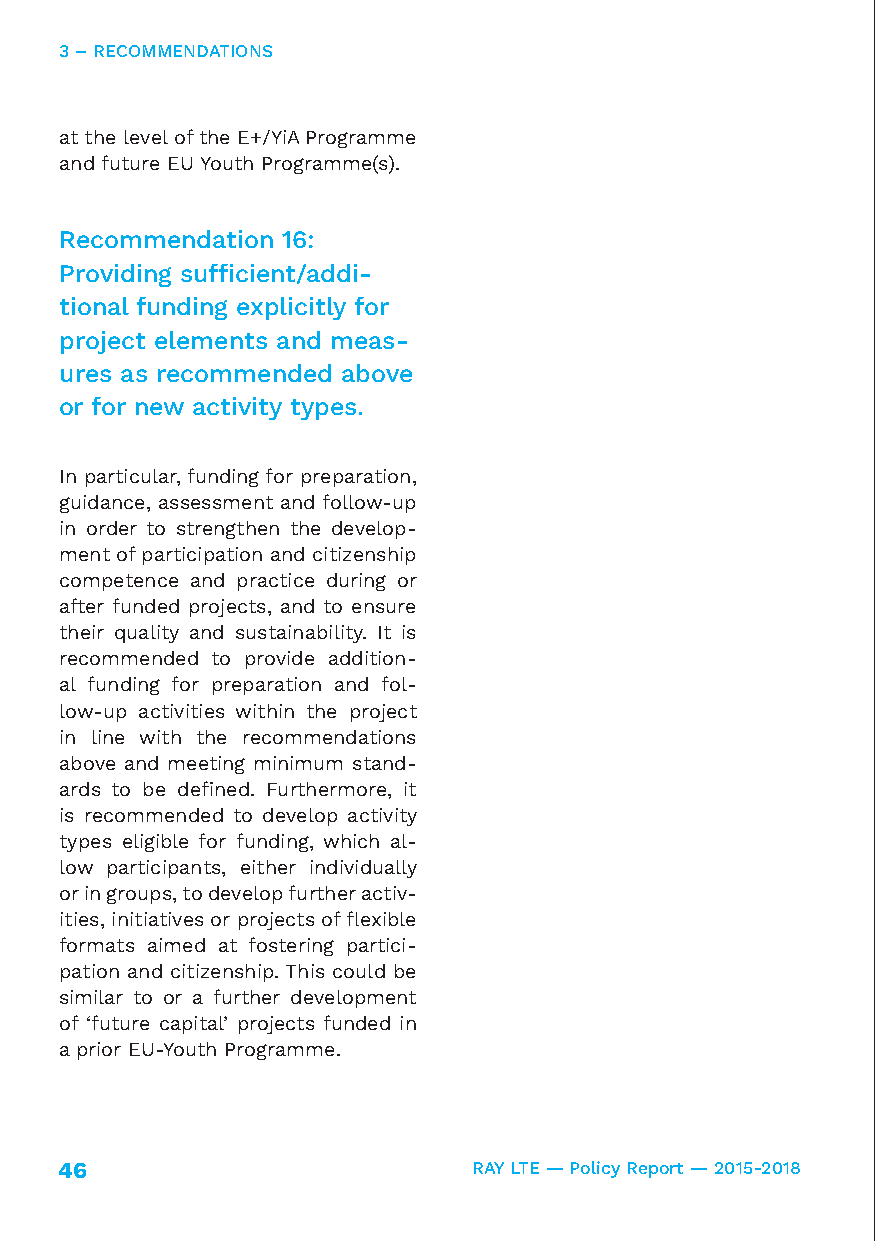
3 – RECOMMENDATIONS
 at the level of the E+/YiA Programme
 and future EU Youth Programme(s).
 Recommendation 16:
 Providing sufficient/addi-
 tional funding explicitly for
 project elements and meas-
 ures as recommended above
 or for new activity types.
 In particular, funding for preparation,
 guidance, assessment and follow-up
 in order to strengthen the develop-
 ment of participation and citizenship
 competence and practice during or
 after funded projects, and to ensure
 their quality and sustainability. It is
 recommended to provide addition-
 al funding for preparation and fol-
 low-up activities within the project
 in line with the recommendations
 above and meeting minimum stand-
 ards to be defined. Furthermore, it
 is recommended to develop activity
 types eligible for funding, which al-
 low participants, either individually
 or in groups, to develop further activ-
 ities, initiatives or projects of flexible
 formats aimed at fostering partici-
 pation and citizenship. This could be
 similar to or a further development
 of ‘future capital’ projects funded in
 a prior EU-Youth Programme.
 46                         RAY LTE — Policy Report — 2015-2018